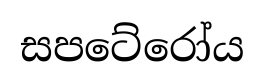
සපටේරෝය